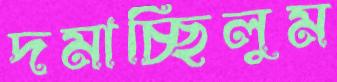
দমাচ্ছিলুম